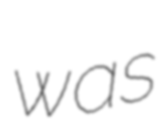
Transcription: was